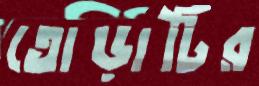
তোড়াটির